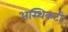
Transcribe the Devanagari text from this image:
अस्थिकटी